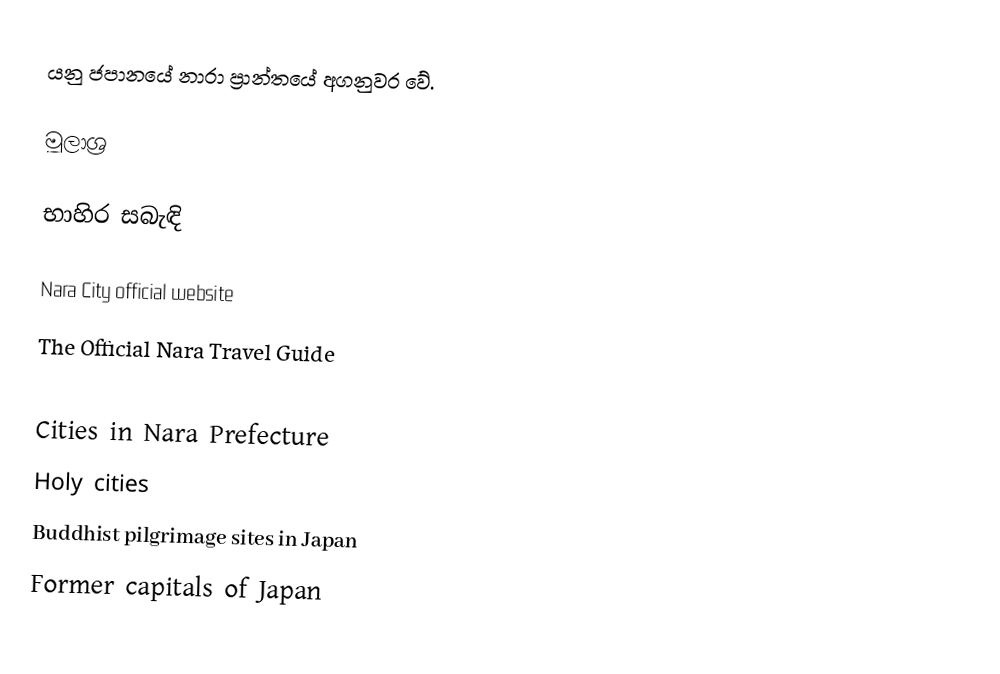
යනු ජපානයේ නාරා ප්‍රාන්තයේ අගනුවර වේ.

මූලාශ්‍ර

භාහිර සබැඳි

Nara City official website
The Official Nara Travel Guide

Cities in Nara Prefecture
Holy cities
Buddhist pilgrimage sites in Japan
Former capitals of Japan